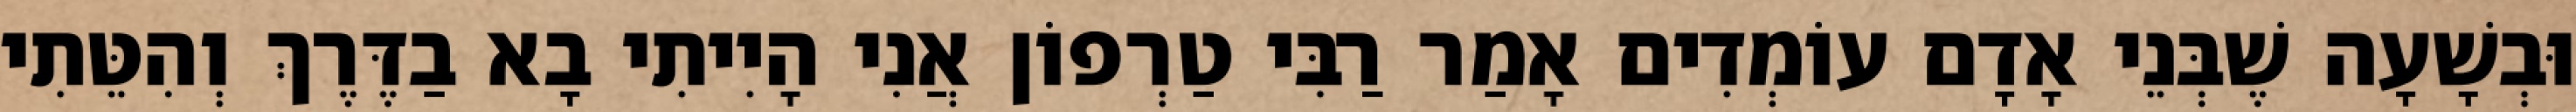
וּבְשָׁעָה שֶׁבְּנֵי אָדָם עוֹמְדִים אָמַר רַבִּי טַרְפוֹן אֲנִי הָיִיתִי בָא בַדֶּרֶךְ וְהִטֵּתִי